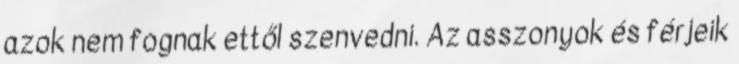
azok nem fognak ettől szenvedni. Az asszonyok és férjeik